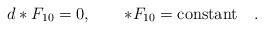
\begin{align*}d *F_{10} = 0 , \quad\quad *F_{10} = {\rm constant} \quad .\end{align*}